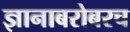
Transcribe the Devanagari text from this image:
ज्ञानाबरोबरच